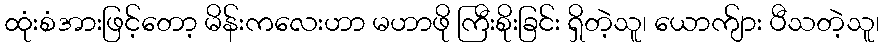
ထုံးစံအားဖြင့်တော့ မိန်းကလေးဟာ မဟာဖို ကြီးစိုးခြင်း ရှိတဲ့သူ၊ ယောက်ျား ပီသတဲ့သူ၊